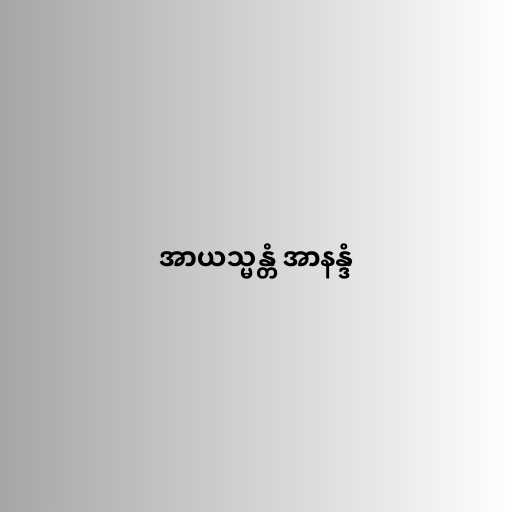
အာယသ္မန္တံ အာနန္ဒံ